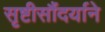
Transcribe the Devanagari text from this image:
सृष्टीसौंदर्याने